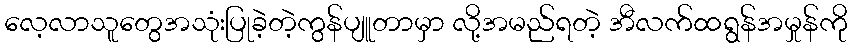
လေ့လာသူတွေအသုံးပြုခဲ့တဲ့ကွန်ပျူတာမှာ လို့အမည်ရတဲ့ အီလက်ထရွန်အမှုန်ကို